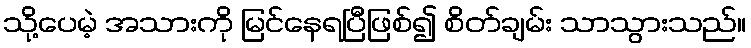
သို့ပေမဲ့ အသားကို မြင်နေရပြီဖြစ်၍ စိတ်ချမ်း သာသွားသည်။